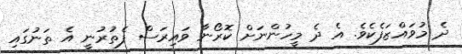
ދެ މުވައްޒަފެކެވެ. އެ ދެ މީހުންނަށް ކޮރޯނާ ވައިރަސް ފެތުރުނީ އެ ތަނުގައި